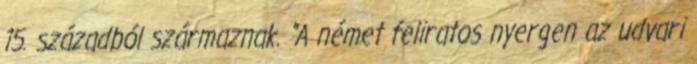
15. századból származnak. "A német feliratos nyergen az udvari